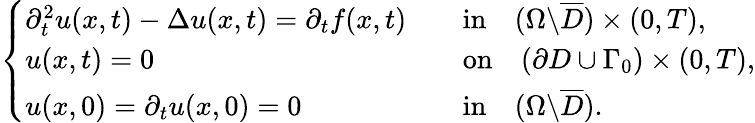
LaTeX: \begin{array}{r}{\left\{ \begin{array}{lll}{\partial_{t}^{2}u(x,t)-\Delta u(x,t)=\partial_{t}f(x,t)}&&{\mathrm{in}\quad(\Omega\backslash\overline{{D}})\times(0,T),}\\ {u(x,t)=0\quad}&&{\mathrm{on}\quad(\partial D\cup\Gamma_{0})\times(0,T),}\\ {u(x,0)=\partial_{t}u(x,0)=0}&&{\mathrm{in}\quad(\Omega\backslash\overline{{D}}).}\end{array}\right.}\end{array}